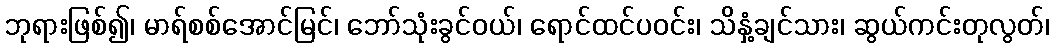
ဘုရားဖြစ်၍၊ မာရ်စစ်အောင်မြင်၊ ဘော်သုံးခွင်ဝယ်၊ ရောင်ထင်ပဝင်း၊ သိနှံ့ချင်သား၊ ဆွယ်ကင်းတုလွတ်၊